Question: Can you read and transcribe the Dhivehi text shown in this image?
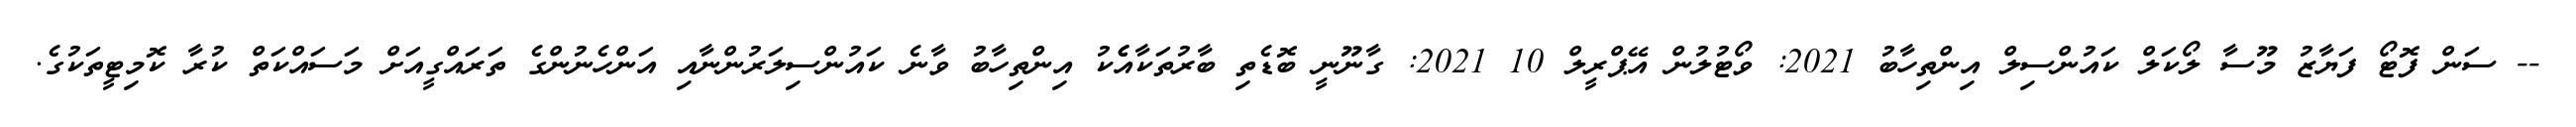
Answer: -- ސަން ފޮޓޯ ފަޔާޒު މޫސާ ލޯކަލް ކައުންސިލް އިންތިހާބު 2021: ވޯޓުލުން އޭޕްރީލް 10 2021: ގާނޫނީ ބޮޑެތި ބާރުތަކާއެެކު އިންތިހާބު ވާނެ ކައުންސިލަރުންނާއި އަންހެނުންގެ ތަރައްގީއަށް މަސައްކަތް ކުރާ ކޮމިޓީތަކުގެ.